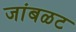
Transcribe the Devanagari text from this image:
जांबळट